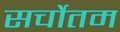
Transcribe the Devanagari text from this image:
सर्चोतम